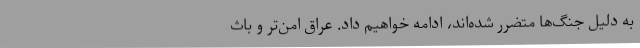
به دلیل جنگ‌ها متضرر شده‌اند، ادامه خواهیم داد. عراق امن‌تر و باث